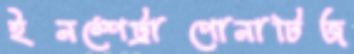
ইনস্পেট্রাপোনাটিজ